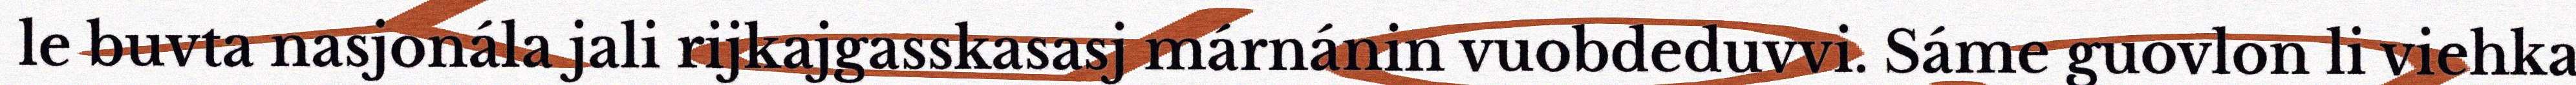
le buvta nasjonála jali rijkajgasskasasj márnánin vuobdeduvvi. Sáme guovlon li viehka